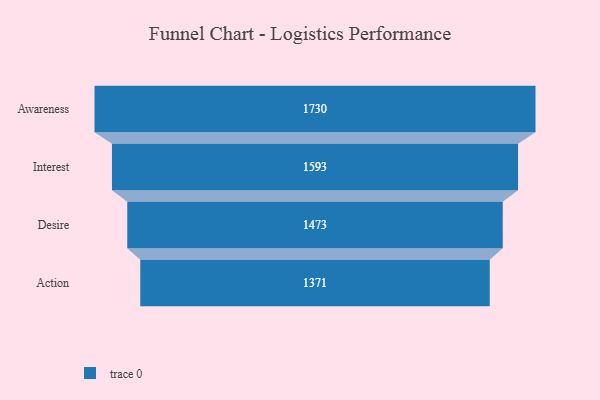
{"axis": {"x": "Stage", "y": "Value"}, "legend": [""], "data": [{"x": "Awareness", "y": 1730.0, "type": ""}, {"x": "Interest", "y": 1593.0, "type": ""}, {"x": "Desire", "y": 1473.0, "type": ""}, {"x": "Action", "y": 1371.0, "type": ""}]}